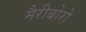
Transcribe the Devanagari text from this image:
मैरीबोरो